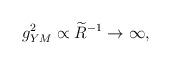
LaTeX: \begin{align*}g_{YM}^2 \propto \widetilde{R}^{-1} \to \infty,\end{align*}